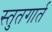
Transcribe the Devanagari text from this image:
स्तुतगार्त